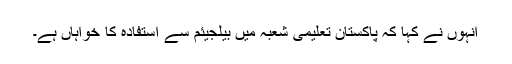
انہوں نے کہا کہ پاکستان تعلیمی شعبہ میں بیلجیئم سے استفادہ کا خواہاں ہے۔